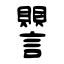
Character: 譻